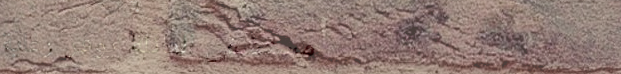
مستشفى العائلة يوفر رعاية